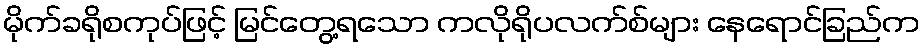
မိုက်ခရိုစကုပ်ဖြင့် မြင်တွေ့ရသော ကလိုရိုပလက်စ်များ နေရောင်ခြည်က